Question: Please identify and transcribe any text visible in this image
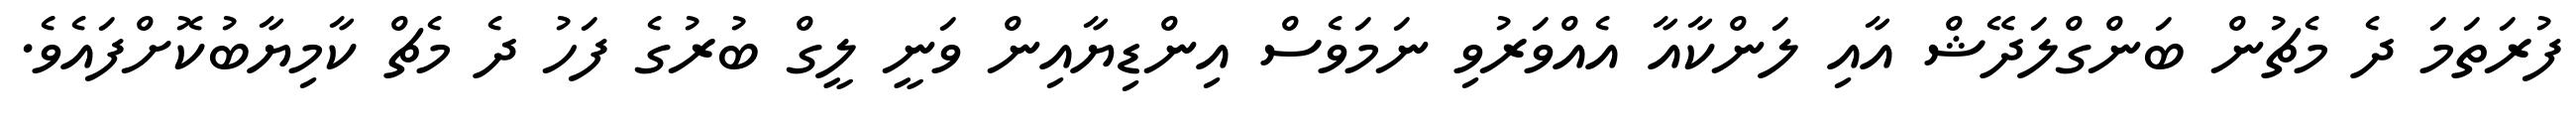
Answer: ފުރަތަމަ ދެ މެޗުން ބަންގްލަދޭޝް އާއި ލަންކާއާ އެއްވަރުވި ނަމަވެސް އިންޑިޔާއިން ވަނީ ލީގް ބުރުގެ ފަހު ދެ މެޗް ކާމިޔާބުކޮށްފައެވެ.